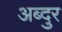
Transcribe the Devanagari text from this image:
अब्‍दुर